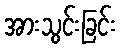
အားသွင်းခြင်း